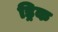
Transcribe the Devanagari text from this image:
ड्रिक